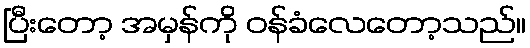
ပြီးတော့ အမှန်ကို ဝန်ခံလေတော့သည်။